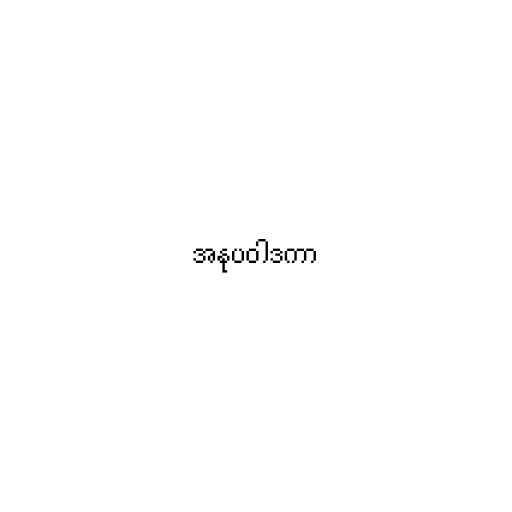
အနုပဝါဒကာ